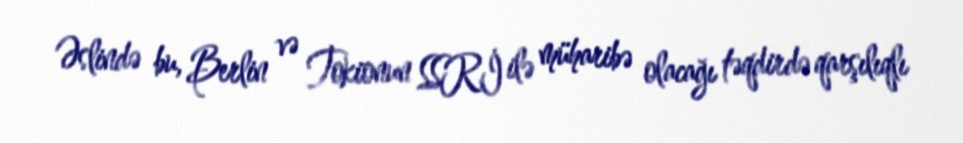
Əslində bu, Berlin və Tokionun SSRİ ilə müharibə olacağı təqdirdə qarşılıqlı